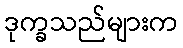
ဒုက္ခသည်များက